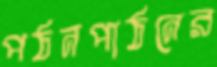
পঠনপাঠনের